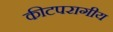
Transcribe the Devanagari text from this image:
कीटपरागीय